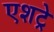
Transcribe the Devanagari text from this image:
एशट्रे